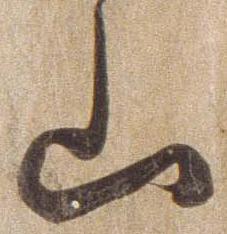
山